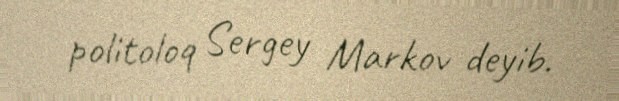
politoloq Sergey Markov deyib.